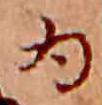
為